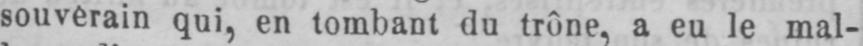
souverain qui, en tombant du trône, a eu le mal-